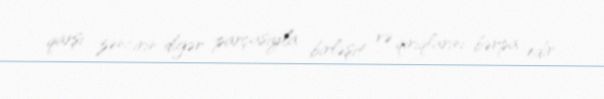
qarşı zəncirin digər parçasıyla birləşit və qırıqlarını bərpa edir.